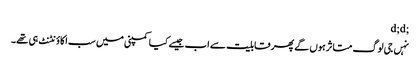
;d;d
نہں جی لوگ متاثر ہوں گے پھر قابلیت سے اب جیسے کیا کمپنی میں سب اکاؤنٹنٹ ہی تھے۔